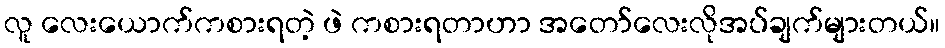
လူ လေးယောက်ကစားရတဲ့ ဖဲ ကစားရတာဟာ အတော်လေးလိုအပ်ချက်များတယ်။